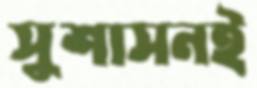
সুশাসনই